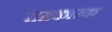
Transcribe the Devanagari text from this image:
समकारक